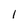
Character: l